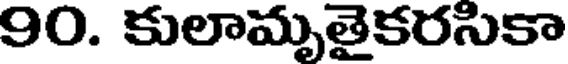
90. కులామృతైకరసికా